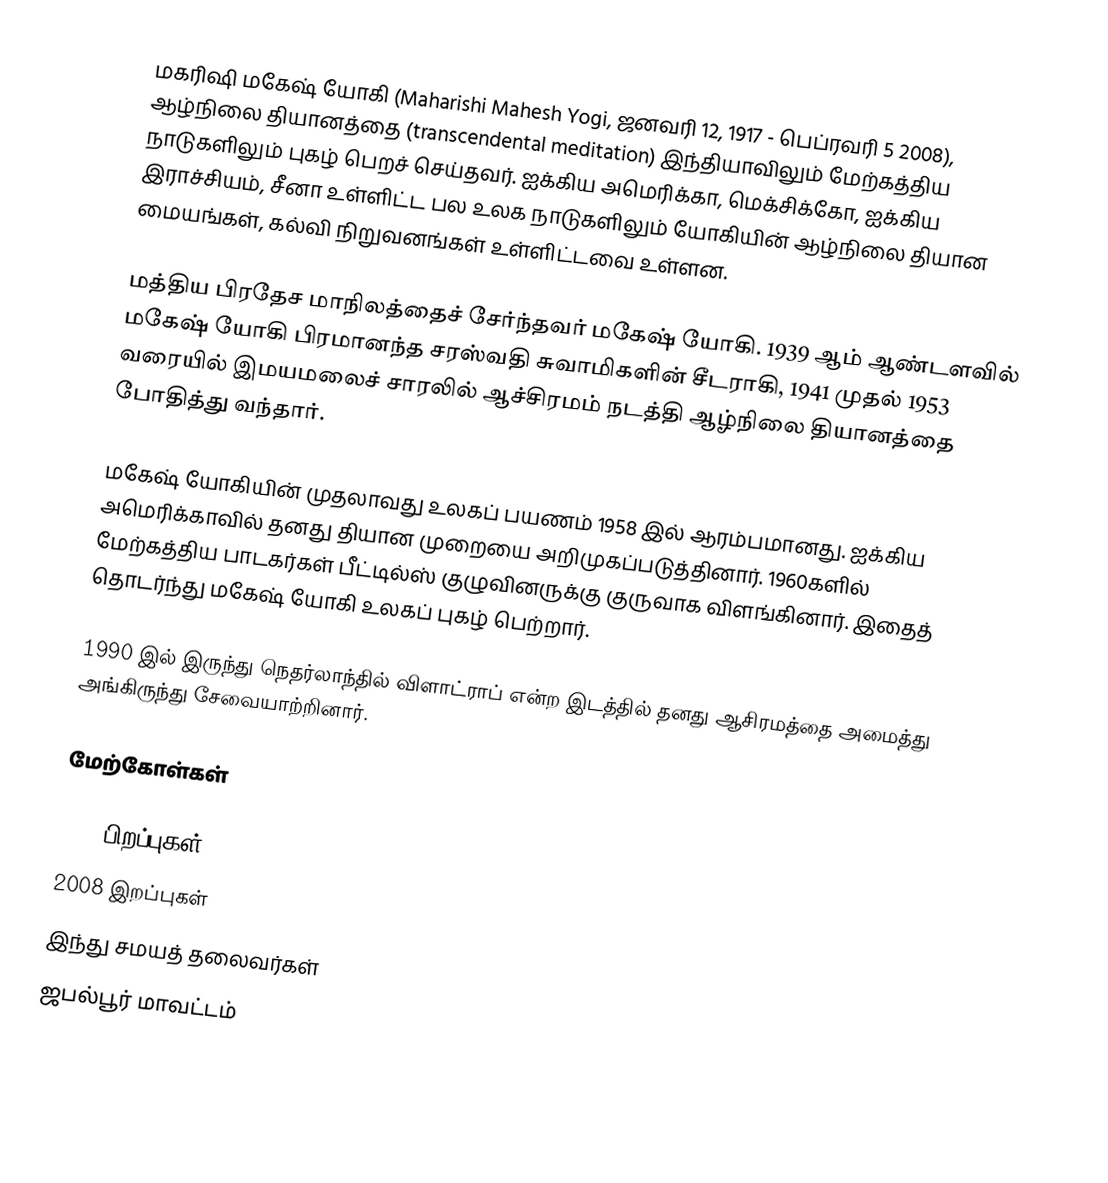
மகரிஷி மகேஷ் யோகி (Maharishi Mahesh Yogi, ஜனவரி 12, 1917 - பெப்ரவரி 5 2008), ஆழ்நிலை தியானத்தை (transcendental meditation) இந்தியாவிலும் மேற்கத்திய நாடுகளிலும் புகழ் பெறச் செய்தவர். ஐக்கிய அமெரிக்கா, மெக்சிக்கோ, ஐக்கிய இராச்சியம், சீனா உள்ளிட்ட பல உலக நாடுகளிலும் யோகியின் ஆழ்நிலை தியான மையங்கள், கல்வி நிறுவனங்கள் உள்ளிட்டவை உள்ளன.

மத்திய பிரதேச மாநிலத்தைச் சேர்ந்தவர் மகேஷ் யோகி. 1939 ஆம் ஆண்டளவில் மகேஷ் யோகி பிரமானந்த சரஸ்வதி சுவாமிகளின் சீடராகி, 1941 முதல் 1953 வரையில் இமயமலைச் சாரலில் ஆச்சிரமம் நடத்தி ஆழ்நிலை தியானத்தை போதித்து வந்தார்.

மகேஷ் யோகியின் முதலாவது உலகப் பயணம் 1958 இல் ஆரம்பமானது. ஐக்கிய அமெரிக்காவில் தனது தியான முறையை அறிமுகப்படுத்தினார். 1960களில் மேற்கத்திய பாடகர்கள் பீட்டில்ஸ் குழுவினருக்கு குருவாக விளங்கினார். இதைத் தொடர்ந்து மகேஷ் யோகி உலகப் புகழ் பெற்றார்.

1990 இல் இருந்து நெதர்லாந்தில் விளாட்ராப் என்ற இடத்தில் தனது ஆசிரமத்தை அமைத்து அங்கிருந்து சேவையாற்றினார்.

மேற்கோள்கள்

1918 பிறப்புகள்
2008 இறப்புகள்
இந்து சமயத் தலைவர்கள்
ஜபல்பூர் மாவட்டம்